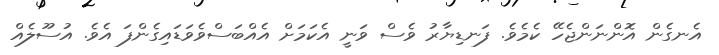
އެނގެން އޮންނަންޖެހޭ ކެމެވެ. ފަނޑިޔާރު ވެސް ވަނީ އެކަމަށް އެއްބަސްވެވަޑައިގެންފަ އެވެ. އުސޫލެއް